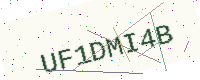
Text: UF1DMI4B